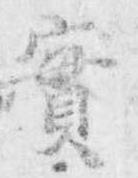
実